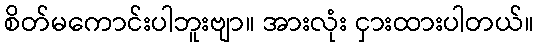
စိတ်မကောင်းပါဘူးဗျာ။ အားလုံး ငှားထားပါတယ်။